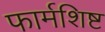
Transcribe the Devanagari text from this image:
फार्मशिष्ट